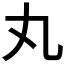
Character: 丸